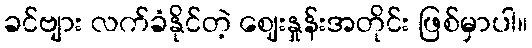
ခင်ဗျား လက်ခံနိုင်တဲ့ ဈေးနှုန်းအတိုင်း ဖြစ်မှာပါ။